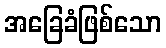
အခြေခံဖြစ်သော